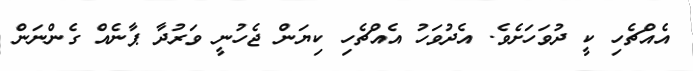
އެއްޗެހި ކީ ދުވަހަށެވެ. އެދުވަހު އެއްޗެހި ކިޔަން ޖެހުނީ ވަރުދާ ޕާނެއް ގެންނަން